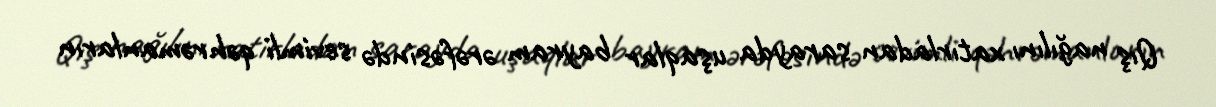
Qış nağılını xatırladan sarayda uşaqlar bayram ərəfəsində sevimli qəhrəmanların